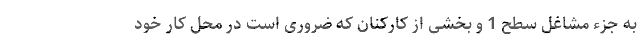
به جزء مشاغل سطح 1 و بخشی از کارکنان که ضروری است در محل کار خود